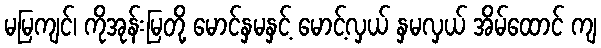
မမြကျင်၊ ကိုအုန်းမြတို့ မောင်နှမနှင့် မောင့်လှယ် နှမလှယ် အိမ်ထောင် ကျ